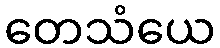
တေသံယေ